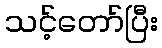
သင့်တော်ပြီး